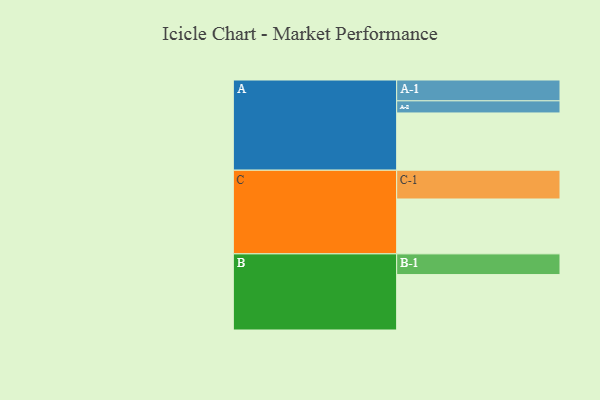
{"axis": {"x": "Segment", "y": "Value"}, "legend": ["", "A", "B", "C"], "data": [{"x": "A", "y": 533, "type": ""}, {"x": "B", "y": 516, "type": ""}, {"x": "C", "y": 511, "type": ""}, {"x": "A-1", "y": 194, "type": "A"}, {"x": "A-2", "y": 113, "type": "A"}, {"x": "B-1", "y": 193, "type": "B"}, {"x": "C-1", "y": 268, "type": "C"}]}